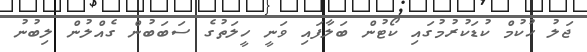
ޖަލު ހުކުމް ކުޑަކުރުމުގައި ކޯޓުން ބަލާފައި ވަނީ ހީލަތުގެ ސަބަބުން ގެއްލުން ލިބުނު